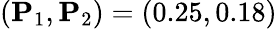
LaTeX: (\mathbf{P}_{1},\mathbf{P}_{2})=(0.25,0.18)